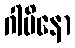
ဂါမိနော